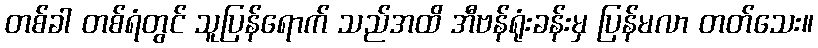
တစ်ခါ တစ်ရံတွင် သူပြန်ရောက် သည်အထိ အီဗန်ရုံးခန်းမှ ပြန်မလာ တတ်သေး။